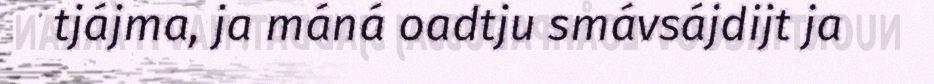
tjájma, ja máná oadtju smávsájdijt ja